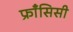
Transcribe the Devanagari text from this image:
फ्राँसिसी